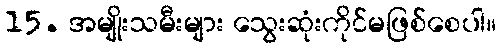
15. အမျိုးသမီးများ သွေးဆုံးကိုင်မဖြစ်စေပါ။